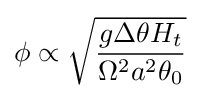
\phi \propto {\sqrt {\frac {g\Delta \theta H_{t}}{\Omega ^{2}a^{2}\theta _{0}}}}